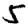
Digit: 5